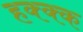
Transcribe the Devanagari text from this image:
हक्क्क